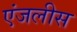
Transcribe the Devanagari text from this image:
एंजलीस